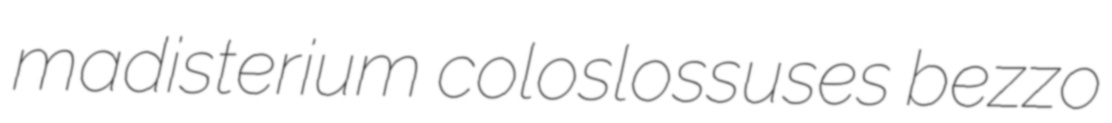
madisterium coloslossuses bezzo